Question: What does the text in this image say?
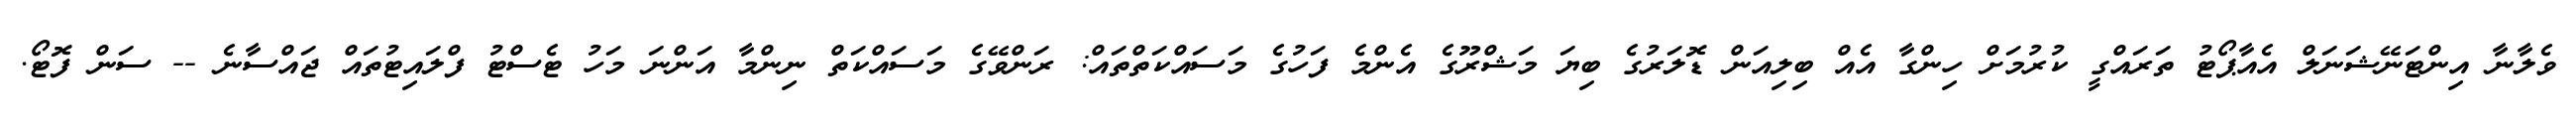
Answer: ވެލާނާ އިންޓަނޭޝަނަލް އެއާޕޯޓު ތަރައްގީ ކުރުމަށް ހިންގާ އެއް ބިލިއަން ޑޮލަރުގެ ބިޔަ މަޝްރޫގެ އެންމެ ފަހުގެ މަސައްކަތްތައް: ރަންވޭގެ މަސައްކަތް ނިންމާ އަންނަ މަހު ޓެސްޓު ފްލައިޓުތައް ޖައްސާނެ -- ސަން ފޮޓޯ.